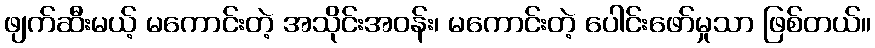
ဖျက်ဆီးမယ့် မကောင်းတဲ့ အသိုင်းအဝန်း၊ မကောင်းတဲ့ ပေါင်းဖော်မှုသာ ဖြစ်တယ်။